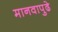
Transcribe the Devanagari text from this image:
मानवापुढे